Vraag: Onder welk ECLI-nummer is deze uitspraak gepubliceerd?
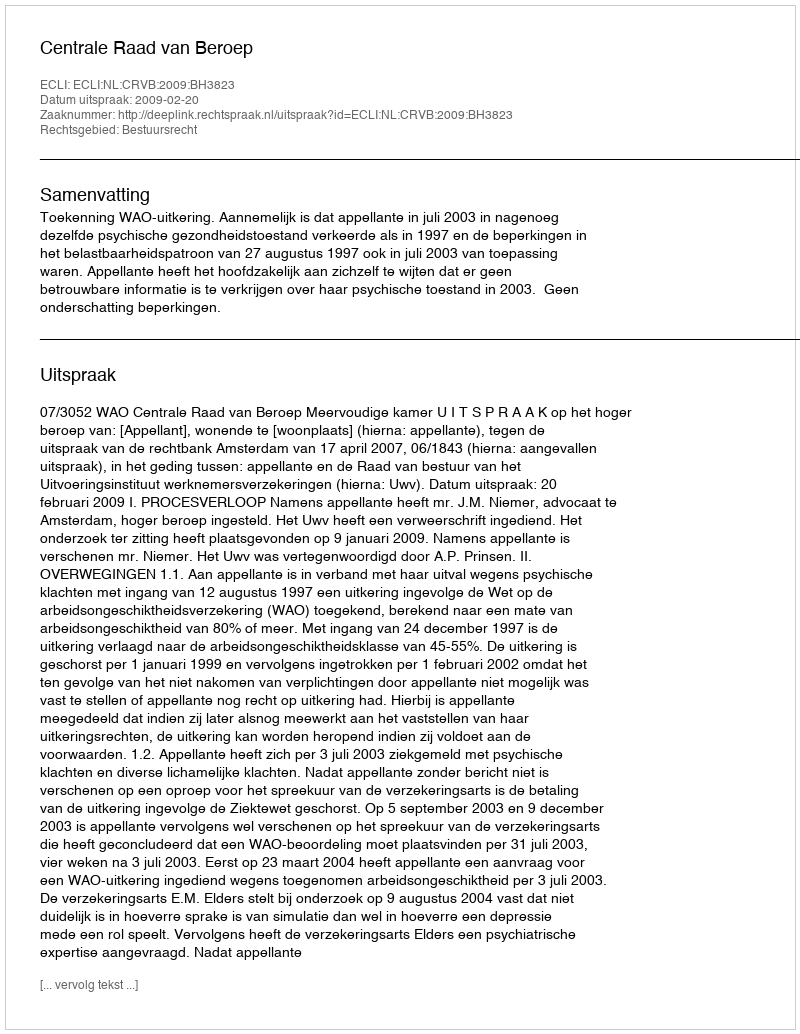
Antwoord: ECLI:NL:CRVB:2009:BH3823